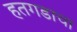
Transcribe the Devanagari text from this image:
हतगडाचा